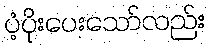
ပံ့ပိုးပေးသော်လည်း